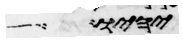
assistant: יהיו